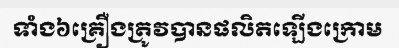
ទាំង៦គ្រឿងត្រូវបានផលិតឡើងក្រោម